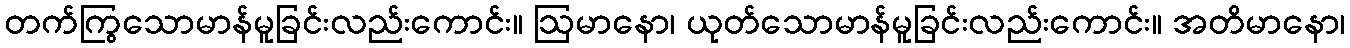
တက်ကြွသောမာန်မူခြင်းလည်းကောင်း။ ဩမာနော၊ ယုတ်သောမာန်မူခြင်းလည်းကောင်း။ အတိမာနော၊